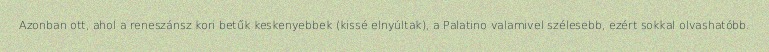
Azonban ott, ahol a reneszánsz kori betűk keskenyebbek (kissé elnyúltak), a Palatino valamivel szélesebb, ezért sokkal olvashatóbb.